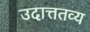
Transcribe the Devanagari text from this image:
उदात्ततव्य